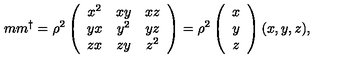
m m ^ { \dagger } = \rho ^ { 2 } \left( \begin{array} { c c c } { x ^ { 2 } } & { x y } & { x z } \\ { y x } & { y ^ { 2 } } & { y z } \\ { z x } & { z y } & { z ^ { 2 } } \\ \end{array} \right) = \rho ^ { 2 } \left( \begin{array} { c } { x } \\ { y } \\ { z } \\ \end{array} \right) ( x , y , z ) ,